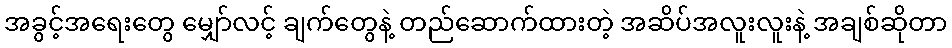
အခွင့်အရေးတွေ မျှော်လင့် ချက်တွေနဲ့ တည်ဆောက်ထားတဲ့ အဆိပ်အလူးလူးနဲ့ အချစ်ဆိုတာ